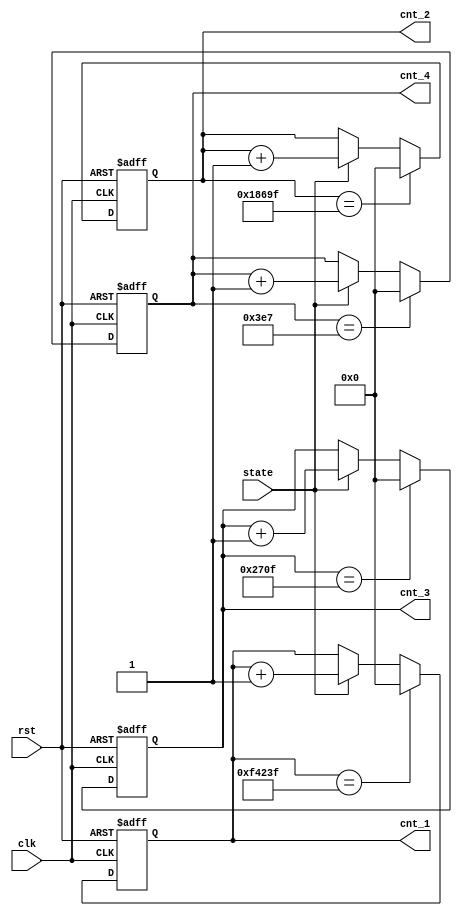
`timescale 1ns / 1ps

module divider(
    input clk,rst,state,
    output reg[29:0] cnt_1,cnt_2,cnt_3,cnt_4);
    parameter RESET = 2'b00,START = 2'b01,PAUSE = 2'b10,OVERTIME = 2'b11;
    
	//  10s
    always @(posedge clk or negedge rst)
        begin
            // 
            if(~rst)  cnt_1 <= 30'd0;
            // cnt_110^9(10s)
            else if(cnt_1 == 30'd9_9999_9) cnt_1 <= 30'd0;
            // 
            else if(state ==START)  cnt_1 <= cnt_1 + 30'd1;
        end
    //  1s
    always @(posedge clk or negedge rst)
        begin
            if(~rst)  cnt_2 <= 27'd0;
            //cnt_210^8(1s)
            else if(cnt_2 == 27'd999_99) cnt_2 <= 27'd0;
            else if(state ==START)  cnt_2 <= cnt_2 + 27'd1;
        end
    //  0.1s
    always @(posedge clk or negedge rst)
        begin
            if(~rst)  cnt_3 <= 24'd0;
            //cnt_310^7(0.1s)
            else if(cnt_3 == 24'd999_9) cnt_3 <= 24'd0;
            else if(state ==START)  cnt_3 <= cnt_3 + 24'd1;
        end
    //  0.01s
    always @(posedge clk or negedge rst)
        begin
            if(~rst)  cnt_4 <= 20'd0;
            //cnt_410^6(0.01s)
            else if(cnt_4 == 20'd99_9) cnt_4 <= 20'd0;
            else if(state == START)  cnt_4 <= cnt_4 + 20'd1;
        end
endmodule